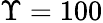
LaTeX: \Upsilon=100